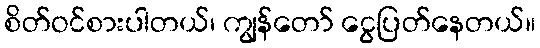
စိတ်ဝင်စားပါတယ်၊ ကျွန်တော် ငွေပြတ်နေတယ်။